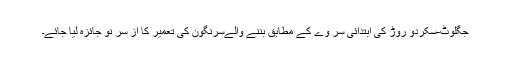
جگلوٹ-سکردو روڑ کی ابتدائی سر وے کے مطابق بننے والےسرنگون کی تعمیر کا از سر نو جائزہ لیا جائے۔